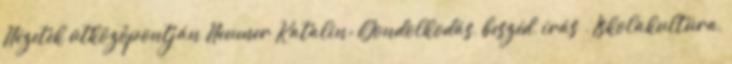
Nézetek ütközőpontján Neumer Katalin: Gondolkodás, beszéd, írás . Iskolakultúra,